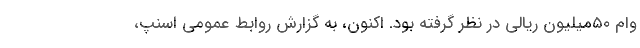
وام ۵۰میلیون ریالی در نظر گرفته بود. اکنون، به گزارش روابط عمومی اسنپ،